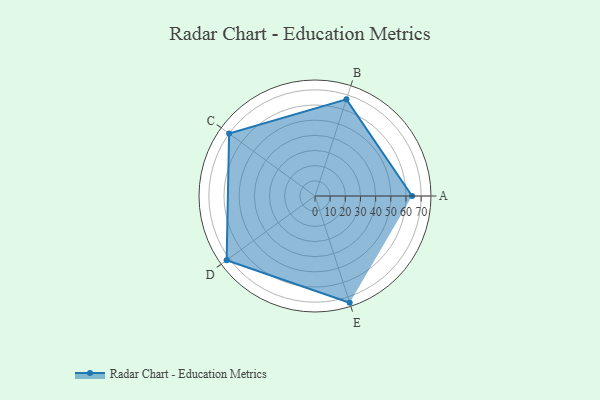
{"axis": {"x": "Skill", "y": "Score"}, "legend": ["Profile"], "data": [{"x": "A", "y": 64.0, "type": "Profile"}, {"x": "B", "y": 67.0, "type": "Profile"}, {"x": "C", "y": 70.0, "type": "Profile"}, {"x": "D", "y": 72.0, "type": "Profile"}, {"x": "E", "y": 74.0, "type": "Profile"}]}